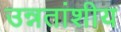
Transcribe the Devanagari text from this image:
उन्नतांशीय